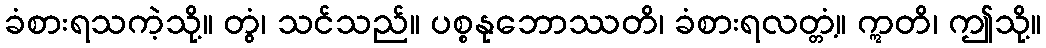
ခံစားရသကဲ့သို့။ တွံ၊ သင်သည်။ ပစ္စနုဘောဿတိ၊ ခံစားရလတ္တံ့။ ဣတိ၊ ဤသို့။